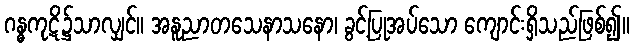
ဂန္ဓကုဋိ၌သာလျှင်။ အနူညာတသေနာသနော၊ ခွင့်ပြုအပ်သော ကျောင်းရှိသည်ဖြစ်၍။